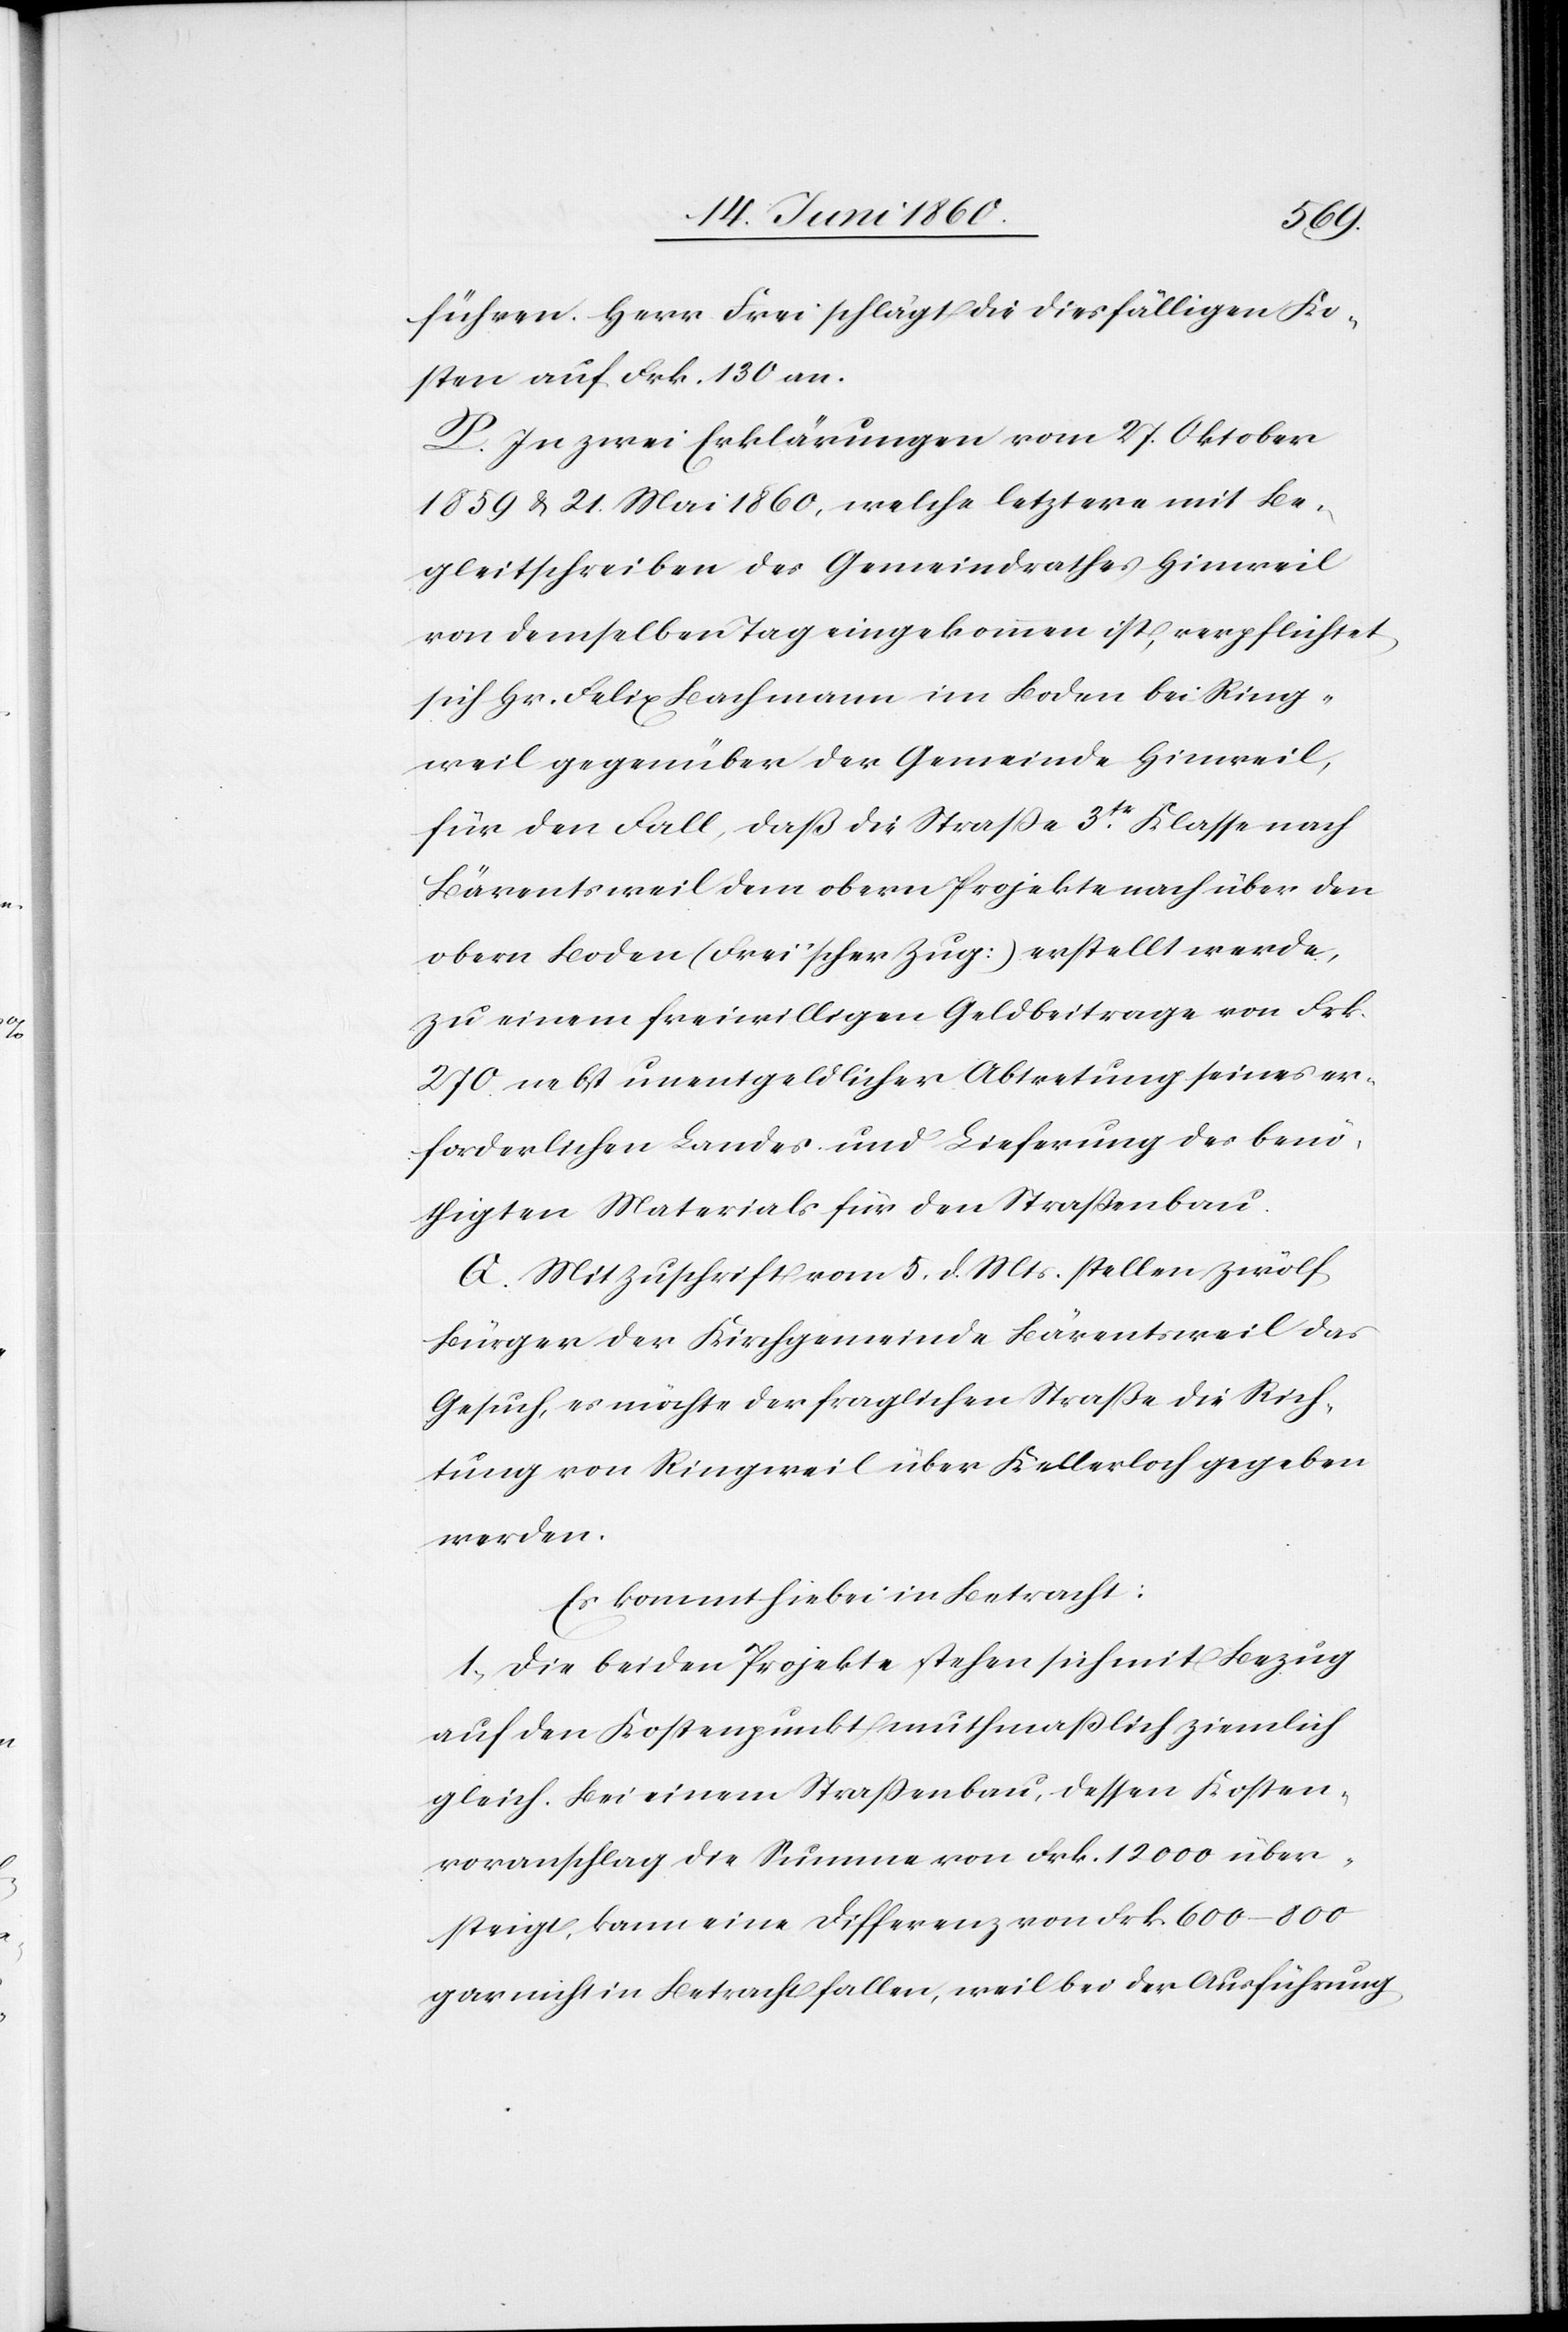
frühen. Herr Frei schlägt die diesfälligen Ko¬
sten auf Frk. 130 an.
P. In zwei Erklärungen vom 27. Oktober
1859 u. 21. Mai 1860, welche letztere mit Be¬
gleitschreiben des Gemeindrathes Hinweil
von demselben Tag eingekommen ist, verpflichtet
sich Hr. Felix Bachmann im Boden bei Ring¬
weil gegenüber der Gemeinde Hinweil,
für den Fall, daß die Strasse 3tr Klasse nach
Bärentsweil dem obern Projekte nach über den
obern Boden (Frei’scher Zug) erstellt werde,
zu einem freiwilligen Geldbeitrage von Frk.
270. nebst unentgeldlicher Abtretung seines er¬
forderlichen Landes und Lieferung des benö¬
thigten Materials für den Strassenbau.
Q. Mit Zuschrift vom 5. d. Mts. stellen Zwölf
Bürger der Kirchgemeinde Bärentsweil das
Gesuch, es möchte der fraglichen Straße die Rich¬
tung von Ringweil über Kellerloch gegeben
werden.
Es kommt hiebei in Betracht:
1. Die beiden Projekte stehen sich mit Bezug
auf den Kostenpunkt muthmasslich ziemlich
gleich. Bei einem Strassenbau, dessen Kosten¬
voranschlag die Summe von Frk. 12 000 über¬
steigt, kann eine Differenz von Frk. 600–800
gar nicht in Betracht fallen, weil bei der Ausführung